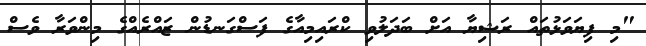
"މި ފިޔަވަޅުތައް ރަޝިޔާ އަށް ބަދަލުވި ކްރައިމިއާގެ ފަސްގަނޑުން ޒައްރެއްގެ މިންވަރާ ވެސް